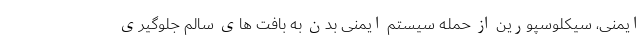
ایمنی، سیکلوسپورین از حمله سیستم ایمنی بدن به بافت های سالم جلوگیری